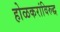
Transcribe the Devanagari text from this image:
होळकरांविरुद्ध